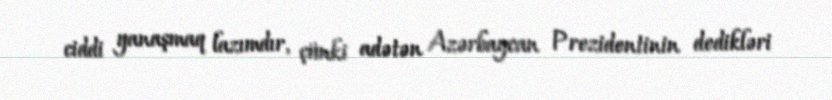
ciddi yanaşmaq lazımdır, çünki adətən Azərbaycan Prezidentinin dedikləri